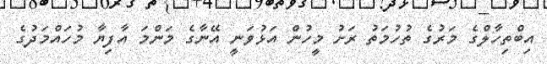
އިބްތިހާލްގެ މަރުގެ ތުހުމަތު ރަށު މީހުން އަޅުވަނީ އޭނާގެ މަންމަ އާފިޔާ މުހައްމަދުގެ